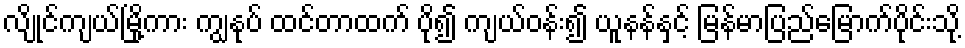
လျိုင်ကျယ်မြို့ကား ကျွနုပ် ထင်တာထက် ပို၍ ကျယ်ဝန်း၍ ယူနန်နှင့် မြန်မာပြည်မြောက်ပိုင်းသို့